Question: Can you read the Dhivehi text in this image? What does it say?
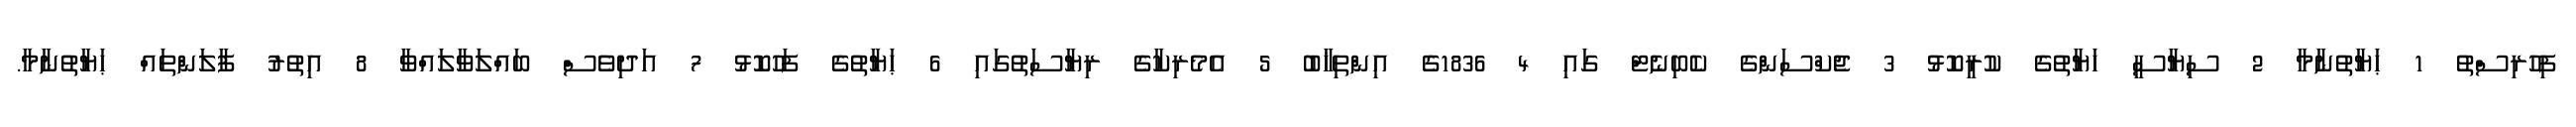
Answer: ފިހުރިސްތު 1 ޙަޔާތުނާމާ 2 ސިޔާސީ ހަޔާތުގެ ކުރީކޮޅު 3 ޖެކްސަންގެ ކެބިނެޓް ގައި 4 1836ގެ އިންތިޚާބު 5 އެމެރިކާގެ ރިޔާސަތުގައި 6 ޙަޔާތުގެ ފަހުކޮޅު 7 އަދިވެސް ބައްލަވާލައްވާ 8 އިތުރު ފާލަންތައް ޙަޔާތުނާމާ.